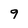
Character: 9